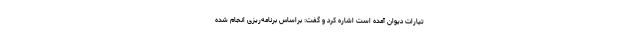
تیارات دیوان آمده است اشاره کرد و گفت: براساس برنامه‌ریزی انجام شده